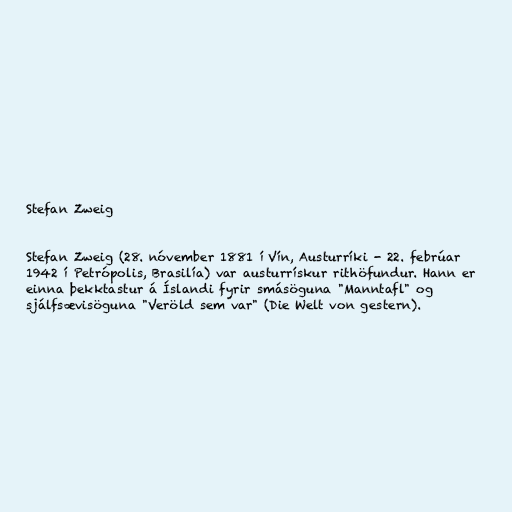
Stefan Zweig

Stefan Zweig (28. nóvember 1881 í Vín, Austurríki - 22. febrúar
1942 í Petrópolis, Brasilía) var austurrískur rithöfundur. Hann er
einna þekktastur á Íslandi fyrir smásöguna "Manntafl" og
sjálfsævisöguna "Veröld sem var" (Die Welt von gestern).